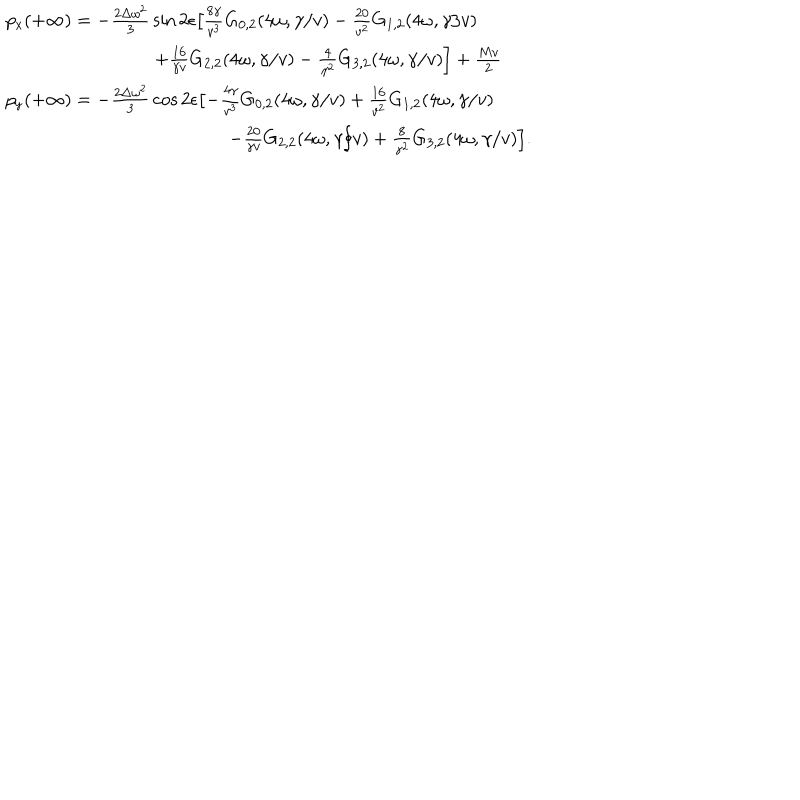
\begin{array} { l } { { p _ { \mathrm { x } } ( + \infty ) = - { \frac { 2 \Delta \omega ^ { 2 } } { 3 } } \sin { 2 \epsilon } \bigl [ { \frac { 8 \gamma } { v ^ { 3 } } } G _ { 0 , 2 } ( 4 \omega , \gamma / v ) - { \frac { 2 0 } { v ^ { 2 } } } G _ { 1 , 2 } ( 4 \omega , \gamma / v ) } } \\ { { \qquad \qquad \qquad \qquad + { \frac { 1 6 } { \gamma v } } G _ { 2 , 2 } ( 4 \omega , \gamma / v ) - { \frac { 4 } { \gamma ^ { 2 } } } G _ { 3 , 2 } ( 4 \omega , \gamma / v ) \Bigr ] + { \frac { M v } { 2 } } } } \\ { { p _ { \mathrm { y } } ( + \infty ) = - { \frac { 2 \Delta \omega ^ { 2 } } { 3 } } \cos { 2 \epsilon } \bigl [ - { \frac { 4 \gamma } { v ^ { 3 } } } G _ { 0 , 2 } ( 4 \omega , \gamma / v ) + { \frac { 1 6 } { v ^ { 2 } } } G _ { 1 , 2 } ( 4 \omega , \gamma / v ) } } \\ { { \qquad \qquad \qquad \qquad \qquad \qquad - { \frac { 2 0 } { \gamma v } } G _ { 2 , 2 } ( 4 \omega , \gamma / v ) + { \frac { 8 } { \gamma ^ { 2 } } } G _ { 3 , 2 } ( 4 \omega , \gamma / v ) \Bigr ] . } } \\ \end{array}